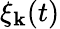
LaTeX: \xi_{\mathbf{k}}(t)